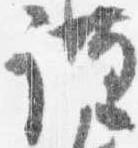
謹